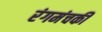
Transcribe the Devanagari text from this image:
रंगमंचकी